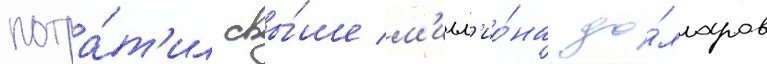
потра́т'ил свы́ше м'илл'ио́на до́лларов